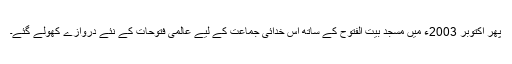
پھر اکتوبر 2003ء میں مسجد بیت الفتوح کے ساتھ اس خدائی جماعت کے لیے عالمی فتوحات کے نئے دروازے کھولے گئے۔